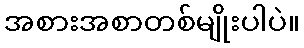
အစားအစာတစ်မျိုးပါပဲ။